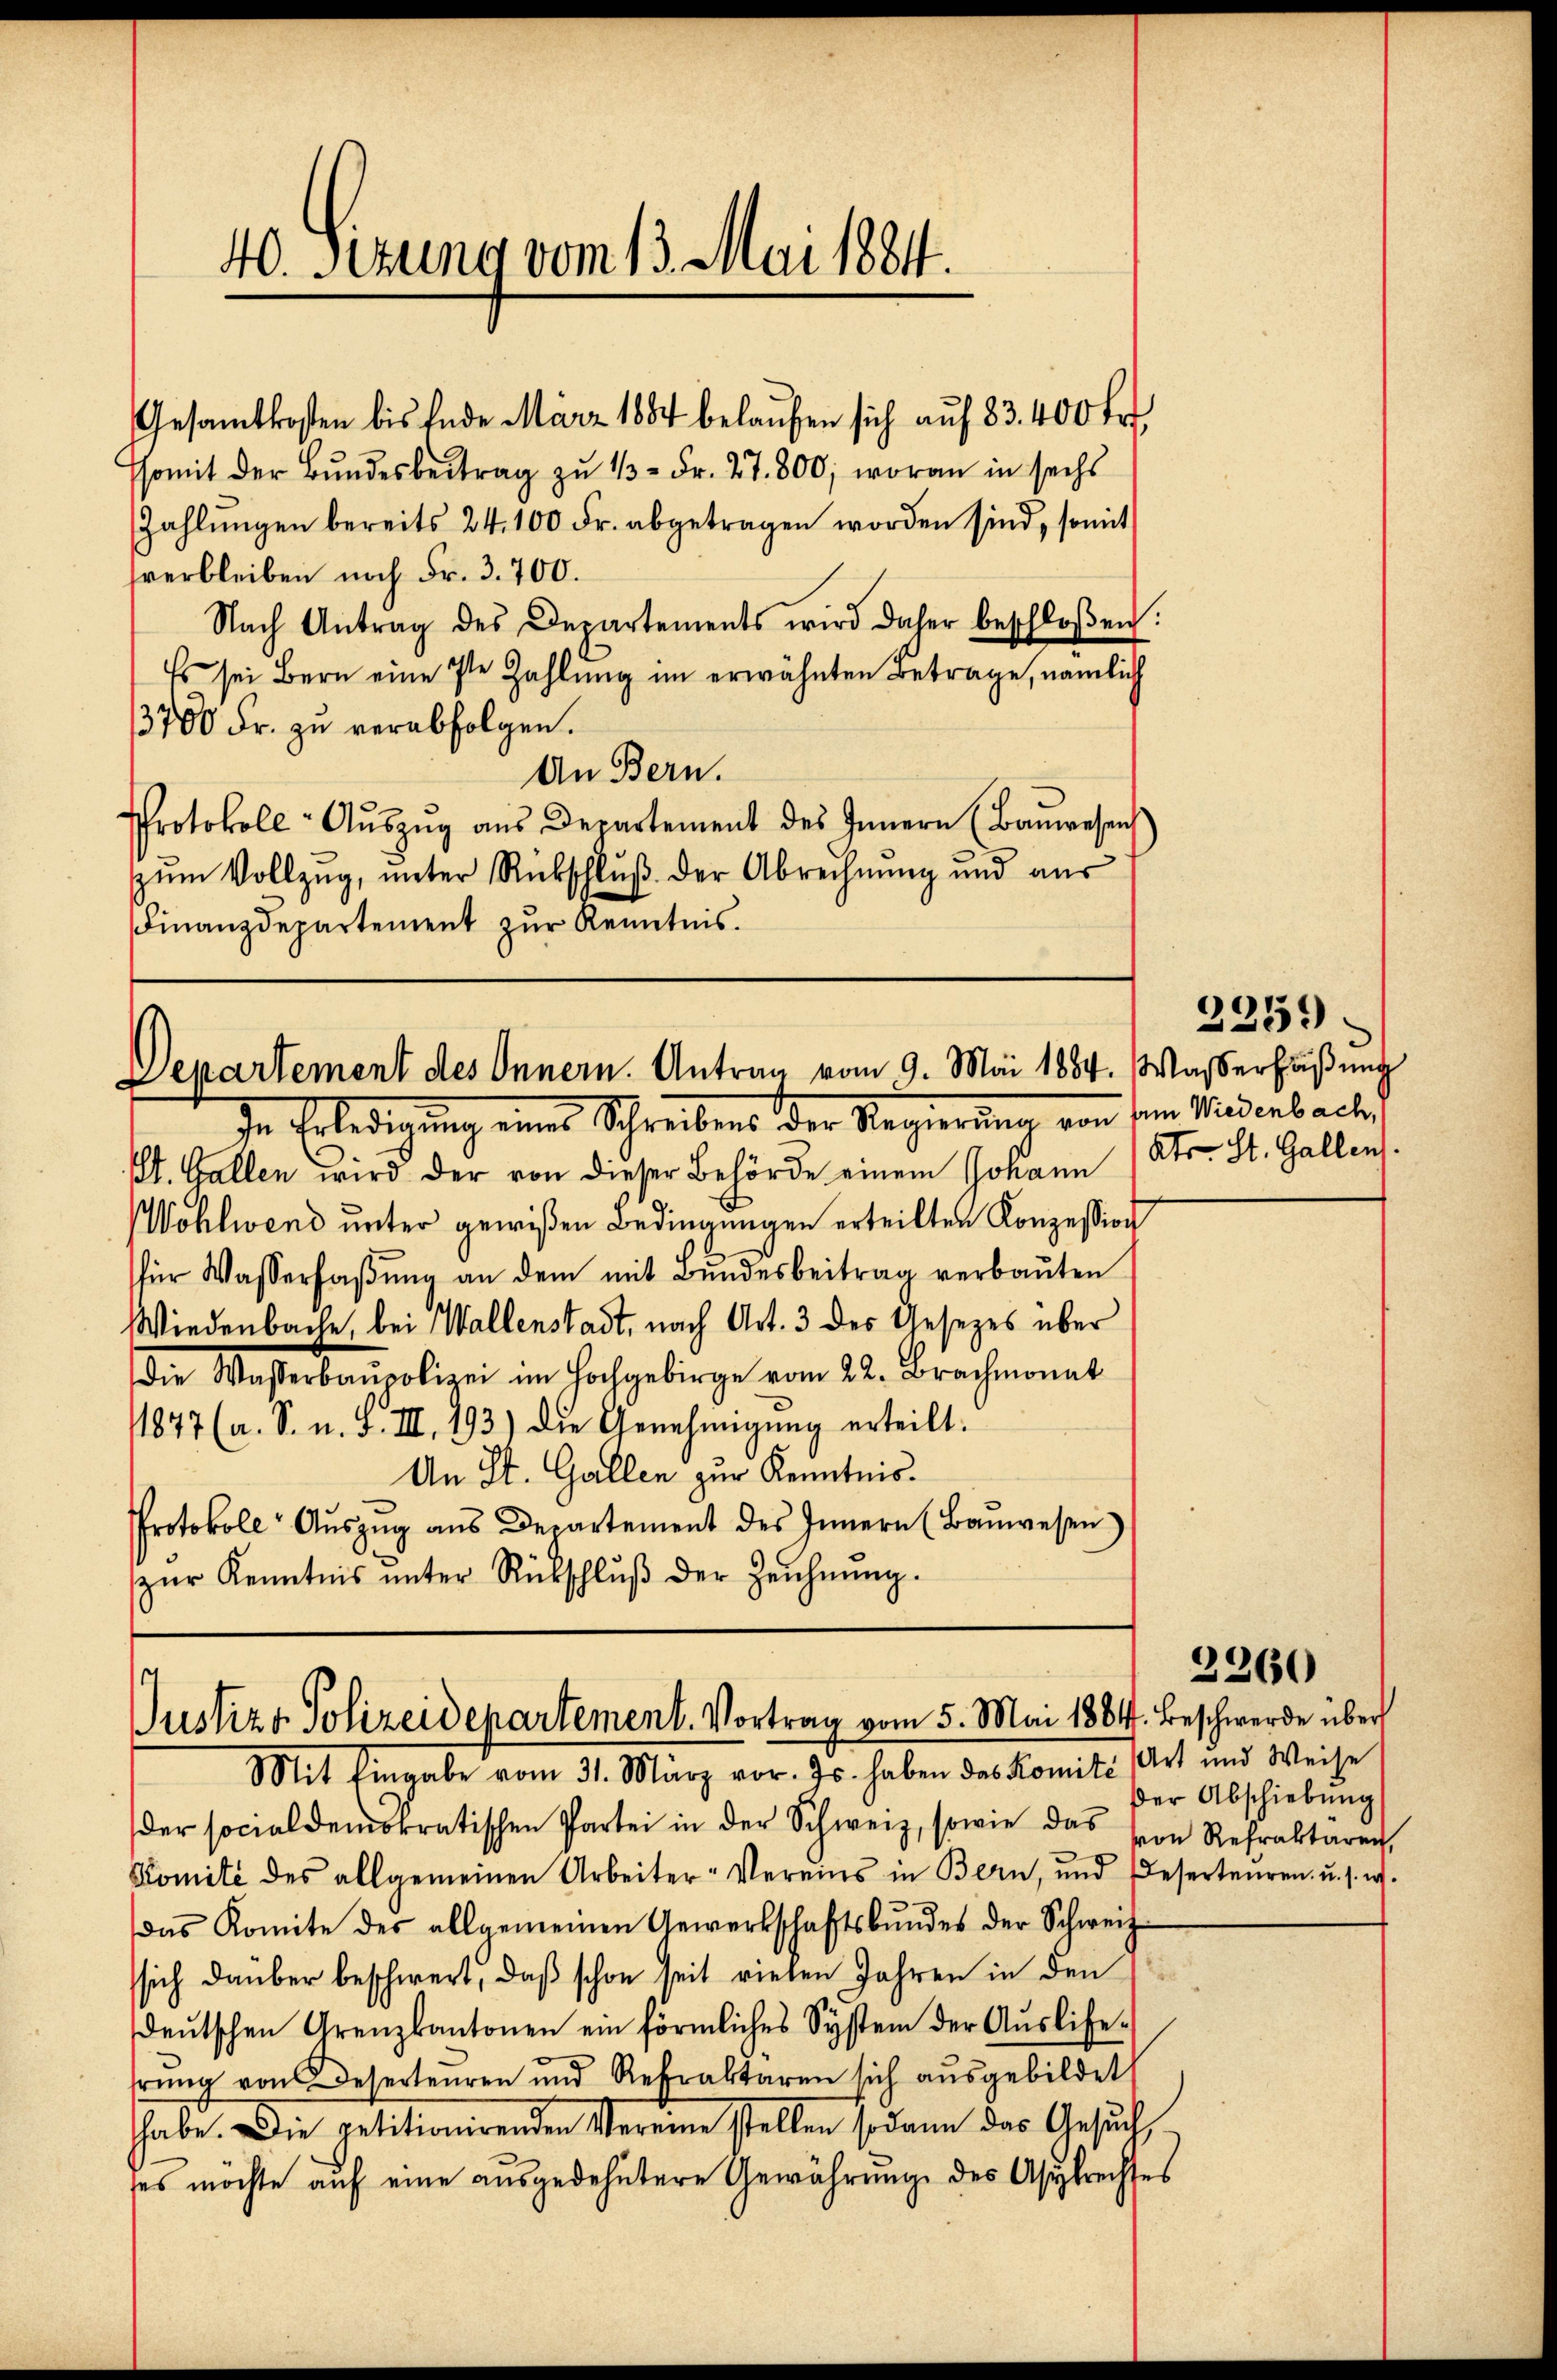
40. Sizung vom 13. Mai 1884.

somit der Bŭndesbeitrag zu 1/3 Fr. 27. 800; woran in sechs
Zahlŭngen bereits 24. 100 Fr. abgetragen worden sind, somit
sverbleiben noch Fr. 3.700.
Nach Antrag des Departements wird daher beschloßen:
Es sei Bern eine 7te Zahlŭng im erwähnten Betrage, nämlich
3700 Fr. zu verabfolgen.
An Bern.
Protokoll- Aŭszŭg aŭs Departement des Innern (Baŭwesen
zŭm Vollzŭg, ŭnter Rückschlŭβ der Abrechnŭng und aŭs
Finanzdepartement zur Kenntnis.

Departement des Innern. Antrag vom 9. Mai 1884. Wasserfaßung

Gesamtkosten bis Ende März 1884 belaufen sich auf 83. 400 Fr.

In Erledigung eines Schreibens der Regierung von sein Wiederbach
St. Gallen wird der von dieser Behörde einem Johann (Str. St. Gallen.
Wohlwend unter gewißen Bedingungen erteilten Konzession
für Wasserfaβŭng an dem mit Bŭndesbeitrag verbaŭten
Wiedenbache, bei Wallenstadt, nach Art. 3 des Gesezes über
die Wasserbaupolizei im Hochgebirge vom 22. Brachmonat
1877 (a. S. u. S. III. 193) die Genehmigung erteilt.
An St. Gallen zur Kenntnis.
Protokoll Aŭszŭg ans Departement des Innern (Baŭwesen
zŭr Kenntnis ŭnter Rückschlŭβ der Zeichnŭng.

¬
Justizs Polizeidepartement. Vortrag vom 5. Mai 1884. Beschwerde über

2259.

Mit Eingabe vom 31. März vor. Js. haben das Komite Art und Weise
der socialdemokratischen Partei in der Schweiz, sowie das von Refraktaren,
Komité des allgemeinen Arbeiter-Vereins in Bern, und Deserteŭren u. s. w.
das Komite des allgemeinen Gewerbschaftsbŭndes der Schweiz
sich darüber beschwert, daß schon seit vielen Jahren in den
deŭtschen Grenzkantonen ein förmliches System der Aŭslife-
erŭng von Deserteuren und Refraktaren sich aŭsgebildet
habe. Die petitionirenden Vereine stellen sodann das Gesuch,
ses möchte auf eine ausgedehntere Gewährung des Asylrechtes

2260

der Abschiebung